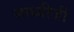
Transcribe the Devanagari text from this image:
साध्वीजी